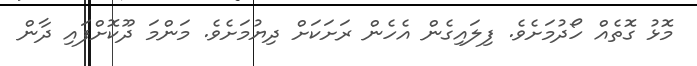
މޮޅު ގޮތެއް ހޯދުމަށެވެ. ފިލައިގެން އެހެން ރަށަކަށް ދިޔުމަށެވެ. މަންމަ ދޫކޮށްފައި ދާން